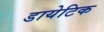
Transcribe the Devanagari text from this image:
डायेटिक